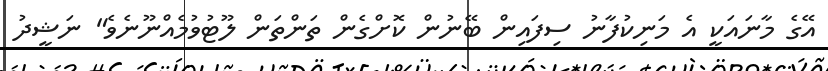
އޭގެ މާނައަކީ އެ މަނިކުފާނު ސިފައިން ބޭނުން ކޮށްގެން ތަންތަން ލޫޓުވުމެއްނޫނެވެ" ނަޝީދު